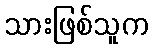
သားဖြစ်သူက